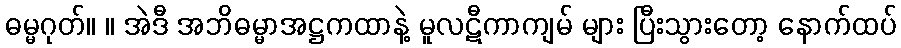
ဓမ္မဂုတ်။ ။ အဲဒီ အဘိဓမ္မာအဋ္ဌကထာနဲ့ မူလဋီကာကျမ် များ ပြီးသွားတော့ နောက်ထပ်